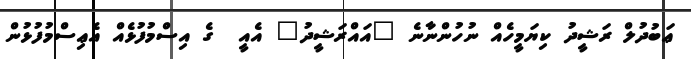
ޢަބުދުލް ރަޝީދު ކިޔަަމީހެއް ނުހުންނާނެ "އައްރަޝީދު" އެއީ  ގެ އިސްމުފުޅެއް އެޢިސްމުފުޅުން